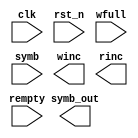
module Text_pool(input wire clk,rst_n,
                 input wire rempty,wfull,
                 input wire[5:0] symb,
                 output wire winc,rinc,
                 output wire[3:0] symb_out);

    parameter IDLE = 3'b000;
    parameter lit  = 3'b001;
    parameter extL = 3'b010;
    parameter dist = 3'b011;
    parameter extD = 3'b100;
    parameter Pour = 3'b101;
    reg[2:0] curr_state,next_state;

    reg[3:0] pool[255:0];
    wire[3:0] next_pool[255:0];
    reg[7:0] pool_pointer;

    //FSM block

    always @(posedge clk) begin
        if(!rst_n) curr_state <= IDLE;
        else curr_state <= next_state;
    end

    always @(*) begin
        case(curr_state)
            IDLE:begin
                
            end
            lit:begin
                
            end
            extL:begin
                
            end
            dist:begin
                
            end
            extD:begin
                
            end
            Pour:begin
                
            end
            default:begin
                
            end
        endcase
    end

    //Other seq logic

    //Other comb logic


endmodule